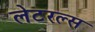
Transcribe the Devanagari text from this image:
लेटरल्स